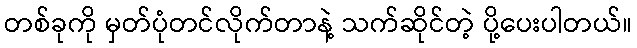
တစ်ခုကို မှတ်ပုံတင်လိုက်တာနဲ့ သက်ဆိုင်တဲ့ ပို့ပေးပါတယ်။